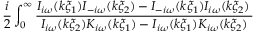
\frac { i } { 2 } \int _ { 0 } ^ { \infty } \frac { I _ { i \omega } ( k \xi _ { 1 } ) I _ { - i \omega } ( k \xi _ { 2 } ) - I _ { - i \omega } ( k \xi _ { 1 } ) I _ { i \omega } ( k \xi _ { 2 } ) \, } { I _ { i \omega } ( k \xi _ { 2 } ) K _ { i \omega } ( k \xi _ { 1 } ) - I _ { i \omega } ( k \xi _ { 1 } ) K _ { i \omega } ( k \xi _ { 2 } ) }